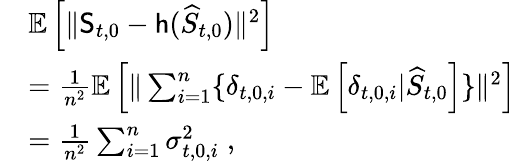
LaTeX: \begin{array}{rl}&{\mathbb{E}\left[\| \mathsf{S}_{t,0}-\mathsf{h}(\widehat{S}_{t,0})\| ^{2}\right]}\\ &{=\frac{1}{n^{2}}\mathbb{E}\left[\| \sum_{i=1}^{n}\{ \delta_{t,0,i}-\mathbb{E}\left[\delta_{t,0,i}\vert\widehat{S}_{t,0}\right]\} \| ^{2}\right]}\\ &{=\frac{1}{n^{2}}\sum_{i=1}^{n}\sigma_{t,0,i}^{2}\; ,}\end{array}